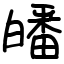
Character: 皤